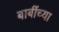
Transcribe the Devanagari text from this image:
बाबींच्‍या